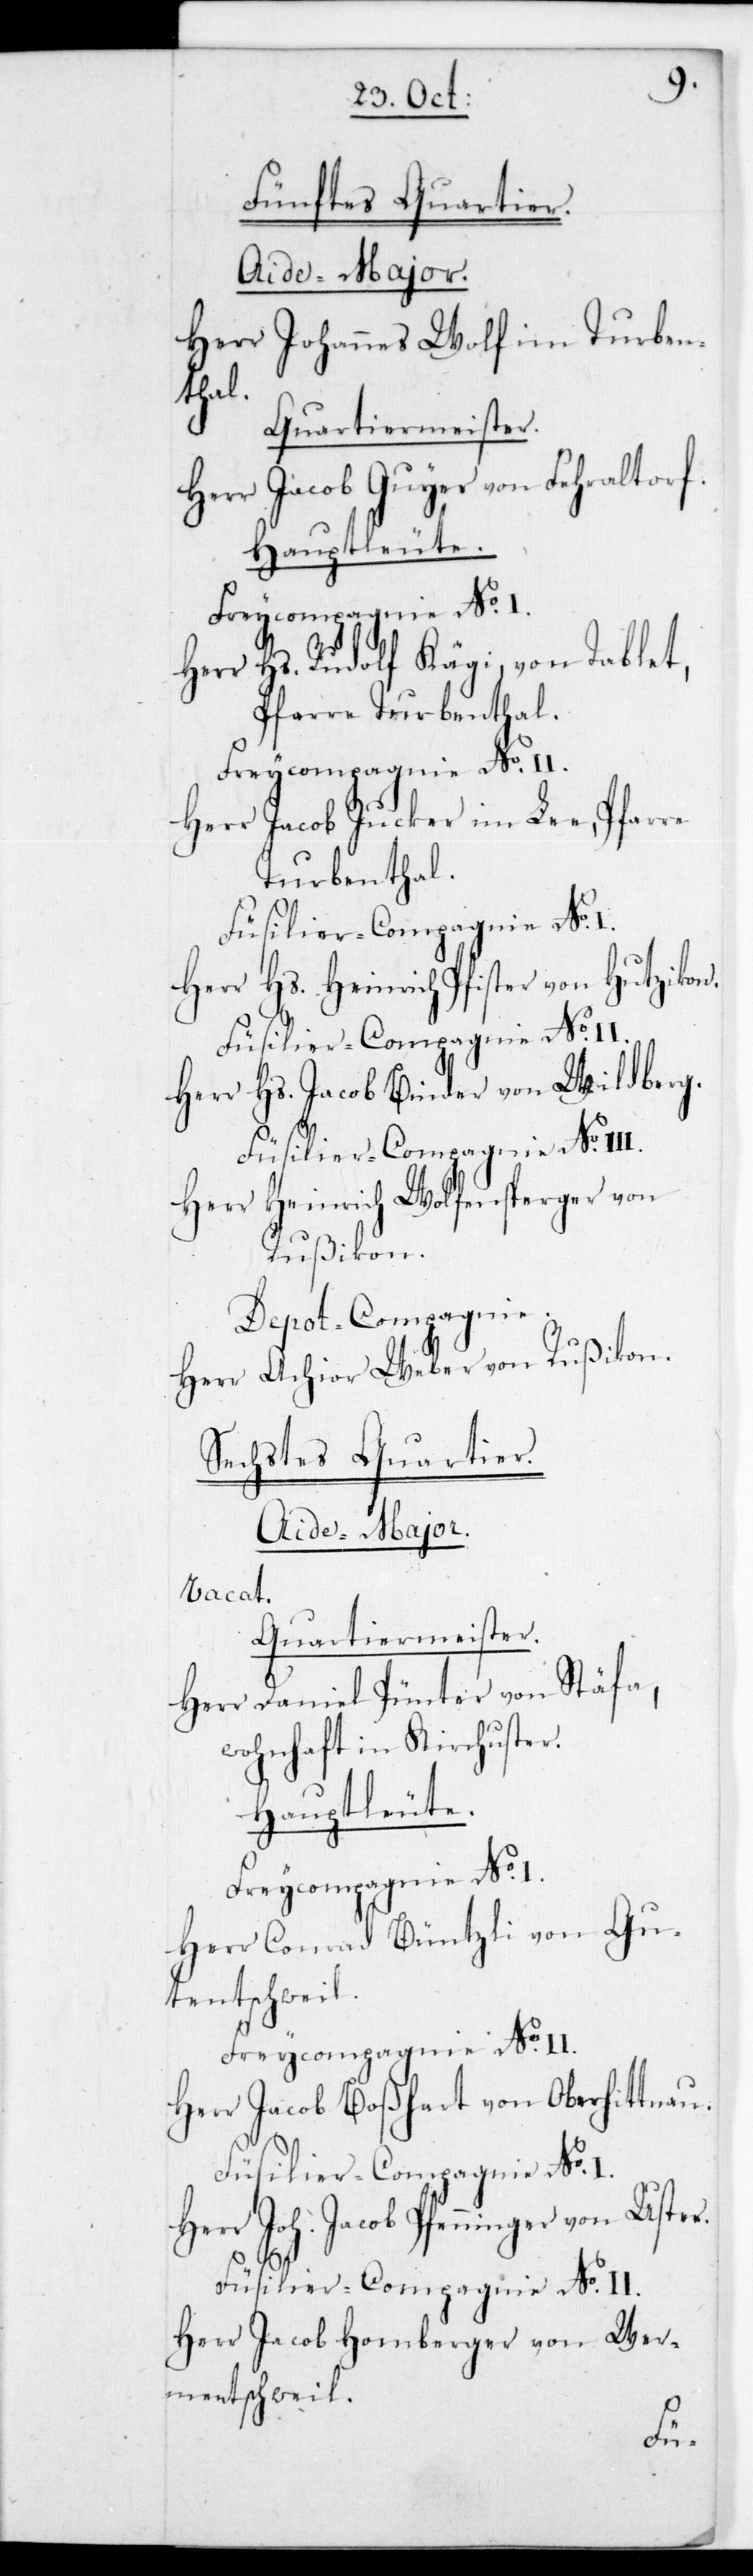
Fünftes Quartier.
Aide-Major.
Herr Johannes Wolf im Turben¬
thal.
Quartiermeister.
Herr Jacob Guyer von Fehraltorf.
Hauptleute.
Freycompagnie No.
Herr Hs. Rudolf Kägi von Tablet,
Pfarre Turbenthal.
Herr Jacob Jucker im Lee, Pfarre
Turbenthal.
Herr Hs. Heinrich Pfister von Hutzikon.
Füsilier-Compagnie No.
Herr Hs. Jacob Binder von Wildberg.
Herr Heinrich Wolfens¬
Rußikon.
Depot-Compagnie.
Herr Achior Weber von
Sechstes Quartier.
Aide-Major.
vacat.
Quartiermeister.
Herr Daniel Pünter von Stäfa,
wohnhaft in Kirchuster.
Hauptleute.
Herr Conrad Büntzli von Gu¬
tentschweil.
Freycompagnie . No
Herr Jacob Boßhart von Oberhittnau.
Füsilier-Compagnie No. I.
Herr Joh. Jacob Pfenninger von Uster.
Herr Jacob Homberger von Wer¬
mentschweil.
von

I.